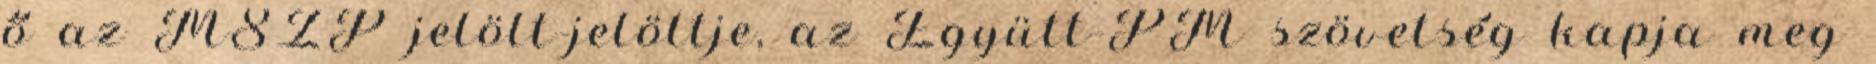
ő az MSZP jelölt-jelöltje, az Együtt-PM szövetség kapja meg